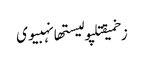
زخمیقتلپولیستھانہبیوی